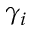
\gamma _ { i }